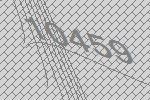
10459